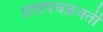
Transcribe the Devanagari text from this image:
प्रतापचक्रवर्ती